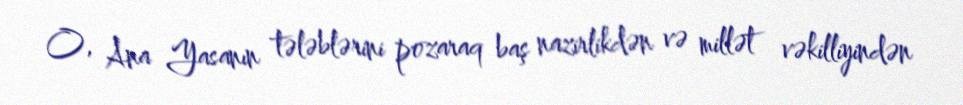
O, Ana Yasanın tələblərini pozaraq baş nazirlikdən və millət vəkilliyindən